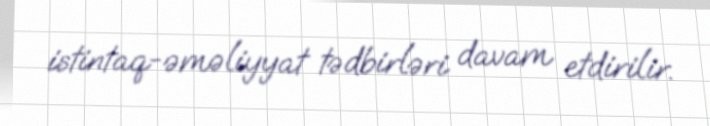
istintaq-əməliyyat tədbirləri davam etdirilir.